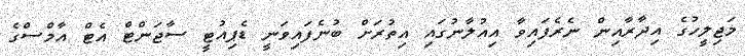
މަޖިލީހުގެ އިދާރާއިން ނެރެފައިވާ އިއުލާނުގައި އިތުރަށް ބުނެފައިވަނީ ޑެޕިއުޓީ ސާޖަންޓް އެޓް އާމްސްގެ